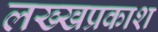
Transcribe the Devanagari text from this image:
लख्खप्रकाश